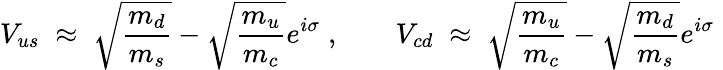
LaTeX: V_{us}\; \approx\; \sqrt{\frac{m_{d}}{m_{s}}}-\sqrt{\frac{m_{u}}{m_{c}}}e^{i\sigma}\; ,\; \; \; \; \; \; \; V_{cd}\; \approx\; \sqrt{\frac{m_{u}}{m_{c}}}-\sqrt{\frac{m_{d}}{m_{s}}}e^{i\sigma}\;